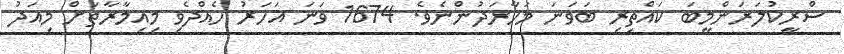
ސްރީކުލަރަންމީބަ ކައްތިރި ބަވަނަ މަހާރަދުންނެވެ. 1674 ވަނަ އަހަރު ހެއްދެވި މިއިމާރާތަށް މިއަދު